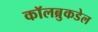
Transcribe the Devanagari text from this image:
कॉलब्रुकडेल